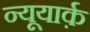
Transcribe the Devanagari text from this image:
न्यूयार्क़